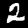
Label: 2